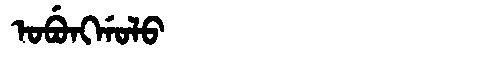
Manchu: ᠣᠪᡠᠩᡤᠣᠯᠣ
Romanization: OBUNGGOLO